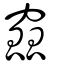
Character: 窳